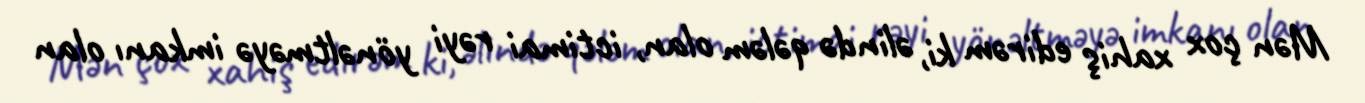
Mən çox xahiş edirəm ki, əlində qələm olan, ictimai rəyi yönəltməyə imkanı olan